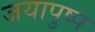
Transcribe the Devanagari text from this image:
जयापुष्प